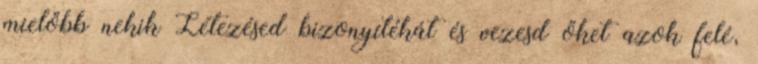
mielőbb nekik Létezésed bizonyítékát és vezesd őket azok felé,